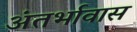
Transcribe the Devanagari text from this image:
अंतर्भावास